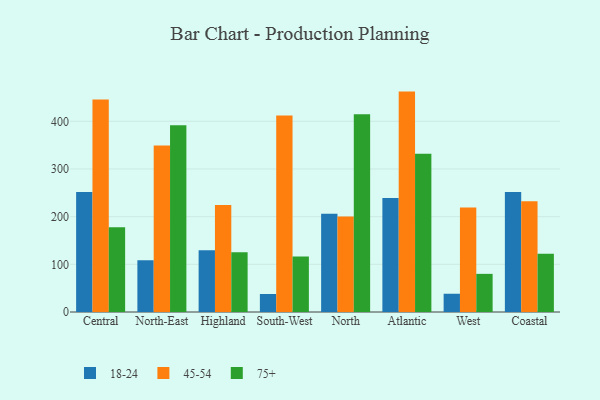
{"axis": {"x": "Region", "y": "Net Income (USD K)"}, "legend": ["18-24", "45-54", "75+"], "data": [{"x": "Central", "y": 251.7, "type": "18-24"}, {"x": "Central", "y": 445.9, "type": "45-54"}, {"x": "Central", "y": 177.7, "type": "75+"}, {"x": "North-East", "y": 108.4, "type": "18-24"}, {"x": "North-East", "y": 349.1, "type": "45-54"}, {"x": "North-East", "y": 391.7, "type": "75+"}, {"x": "Highland", "y": 129.4, "type": "18-24"}, {"x": "Highland", "y": 224.2, "type": "45-54"}, {"x": "Highland", "y": 125.1, "type": "75+"}, {"x": "South-West", "y": 37.8, "type": "18-24"}, {"x": "South-West", "y": 412.1, "type": "45-54"}, {"x": "South-West", "y": 116.2, "type": "75+"}, {"x": "North", "y": 206.2, "type": "18-24"}, {"x": "North", "y": 200.4, "type": "45-54"}, {"x": "North", "y": 414.7, "type": "75+"}, {"x": "Atlantic", "y": 239.2, "type": "18-24"}, {"x": "Atlantic", "y": 462.3, "type": "45-54"}, {"x": "Atlantic", "y": 331.9, "type": "75+"}, {"x": "West", "y": 38.3, "type": "18-24"}, {"x": "West", "y": 219.0, "type": "45-54"}, {"x": "West", "y": 80.0, "type": "75+"}, {"x": "Coastal", "y": 251.7, "type": "18-24"}, {"x": "Coastal", "y": 232.3, "type": "45-54"}, {"x": "Coastal", "y": 122.1, "type": "75+"}]}